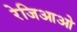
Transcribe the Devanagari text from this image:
रेजिआओ